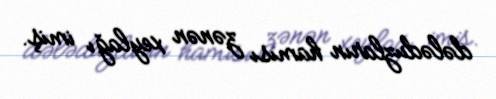
dələduzların hamısı zənən xeylağı imiş.